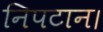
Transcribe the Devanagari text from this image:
निपटान।